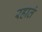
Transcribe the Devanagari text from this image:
रहातं